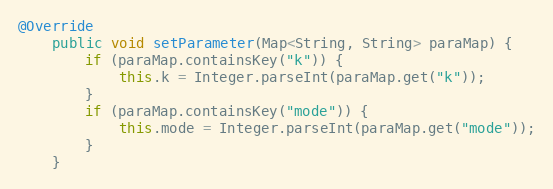
Language: Java
@Override
    public void setParameter(Map<String, String> paraMap) {
        if (paraMap.containsKey("k")) {
            this.k = Integer.parseInt(paraMap.get("k"));
        }
        if (paraMap.containsKey("mode")) {
            this.mode = Integer.parseInt(paraMap.get("mode"));
        }
    }